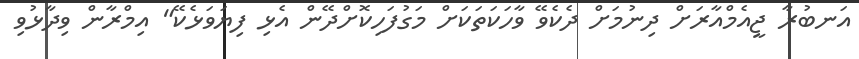
އަނބުރާ ޖީއެމްއާރަށް ދިނުމަށް ދެކެވޭ ވާހަކަތަކަށް މަގުފަހިކޮށްދޭން އެޅި ފިޔަވަޅެކޭ" އިމްރާން ވިދާޅުވި